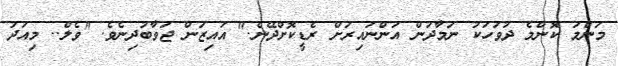
މަންމަ ކޮންމެ ދުވަހަކު ނަމާދުން އަންނައިރަށް ރެޑީކޮށްދޭނެ." އައިޒަން ޖަވާބުދިނެވެ. "ވެލް.. މިއަދު